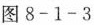
图 8-1- 3